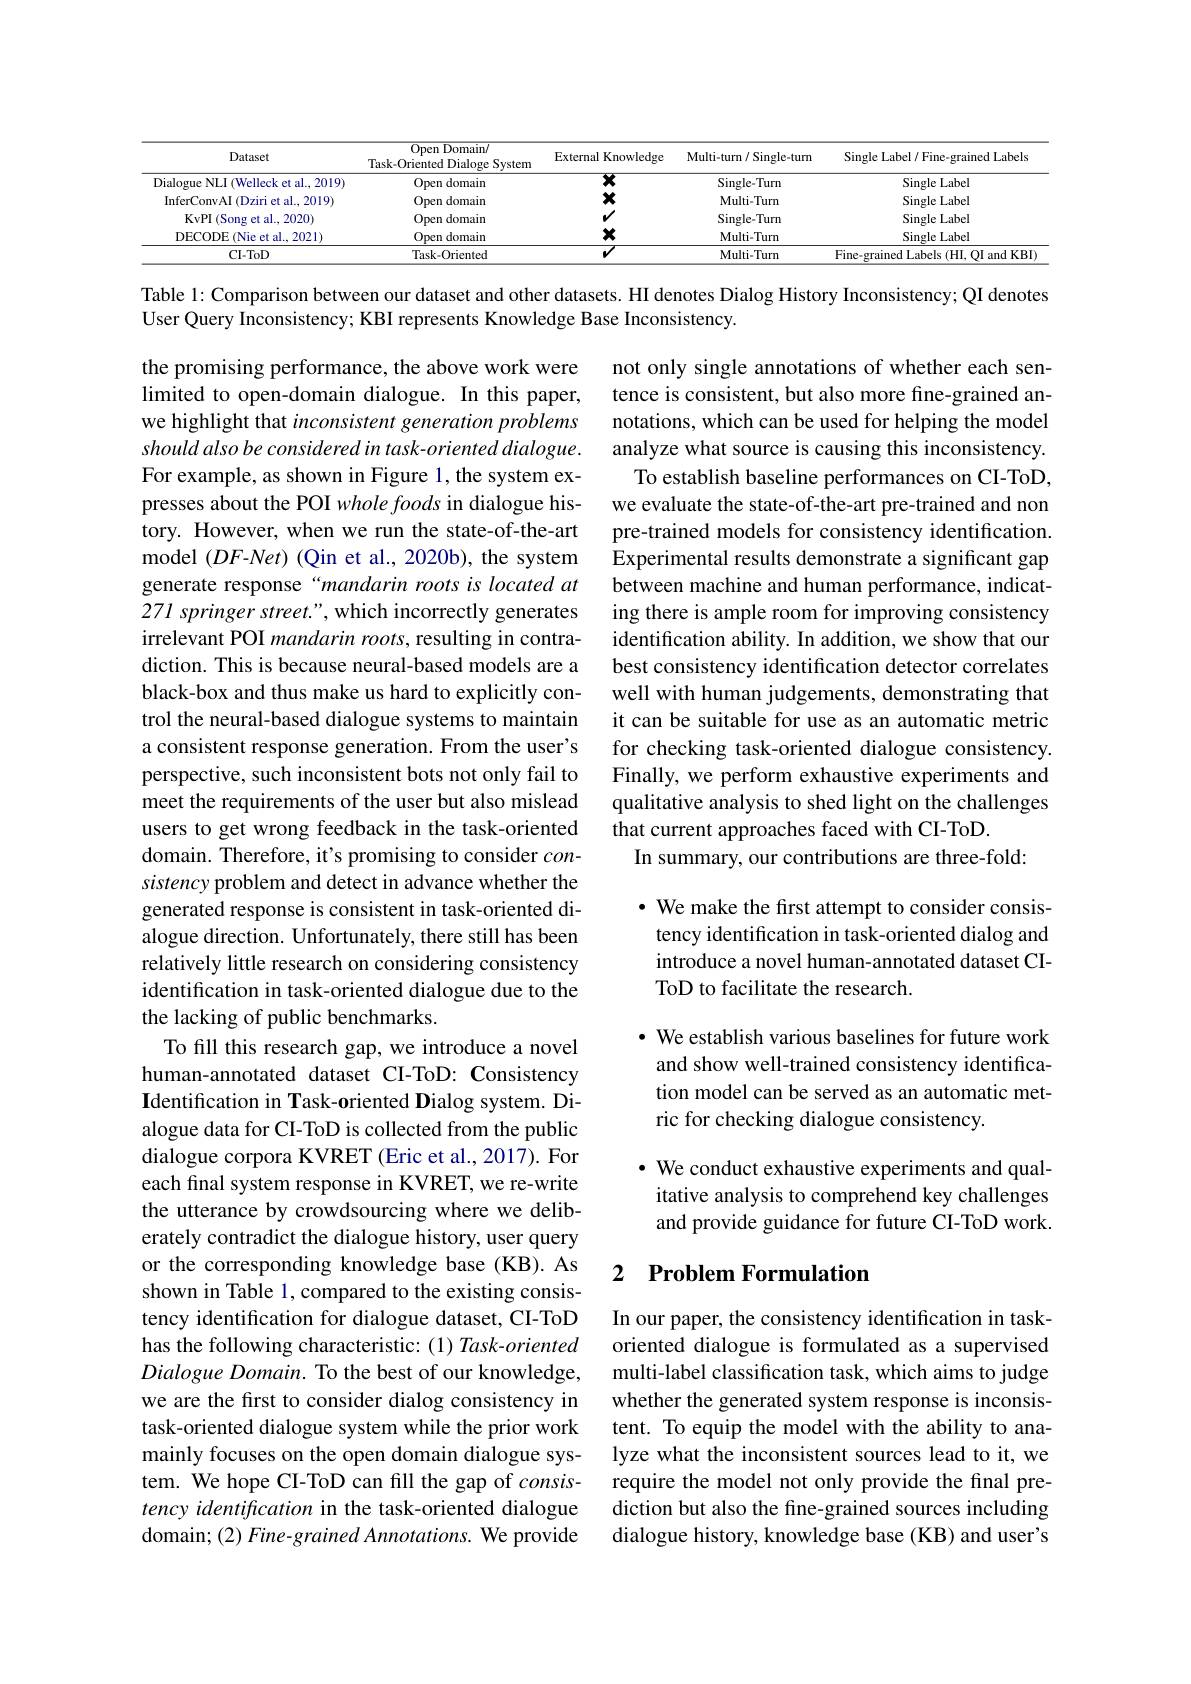
<table>
	<tbody>
		<tr>
			<th>Dataset</th>
			<th>$\overline{\mathrm{Open~Domain}/}$ Task-Oriented Dialoge System</th>
			<th>External Knowledge</th>
			<th>Multi-turn / Single-turm</th>
			<th>Single Label / Fine-grained Labels</th>
		</tr>
		<tr>
			<td>Dialogue NLI (Welleck et al., 2019)</td>
			<td>Open domain</td>
			<td>$\overline{\mathbf{x}}$</td>
			<td>Single-Turn</td>
			<td>Single Label</td>
		</tr>
		<tr>
			<td>InferConvAI (Dziri et al., 2019)</td>
			<td>Open domain</td>
			<td>$x$</td>
			<td>Multi-Turn</td>
			<td>Single Label</td>
		</tr>
		<tr>
			<td>KvPI (Song et al., 2020)</td>
			<td>Open domain</td>
			<td>AI</td>
			<td>Single-Turn</td>
			<td>Single Label</td>
		</tr>
		<tr>
			<td>DECODE (Nie et al., 2021)</td>
			<td>Open domain</td>
			<td>$x$</td>
			<td>Multi-Turn</td>
			<td>Single Label</td>
		</tr>
		<tr>
			<td>CI- ToD</td>
			<td>Task-Oriented</td>
			<td>$V$</td>
			<td>Multi-Turm</td>
			<td>Fine-grained Labels (HI, OI and KBI)</td>
		</tr>
	</tbody>
</table>

Table 1: Comparison between our dataset and other datasets. HI denotes Dialog History Inconsistency; QI denotes
User Query Inconsistency; KBI represents Knowledge Base Inconsistency.

not only single annotations of whether each sentence is consistent, but also more fine-grained annotations, which can be used for helping the model analyze what source is causing this inconsistency. To establish baseline performances on CI-ToD, we evaluate the state-of-the-art pre-trained and non pre-trained models for consistency identification. Experimental results demonstrate a significant gap between machine and human performance, indicating there is ample room for improving consistency identification ability. In addition, we show that our best consistency identification detector correlates well with human judgements, demonstrating that it can be suitable for use as an automatic metric for checking task-oriented dialogue consistency. Finally, we perform exhaustive experiments and qualitative analysis to shed light on the challenges that current approaches faced with CI-ToD.
In summary, our contributions are three-fold:

· We make the first attempt to consider consistency identification in task-oriented dialog and introduce a novel human-annotated dataset CIToD to facilitate the research.

the promising performance, the above work were limited to open-domain dialogue. In this paper, we highlight that inconsistent generation problems should also be considered in task-oriented dialogue. For example, as shown in Figure 1, the system expresses about the POI whole foods in dialogue history. However, when we run the state-of-the-art model $(DF$-Net) (Qin et al., 2020b), the system generate response“mandarin roots is located at 271 springer street.", which incorrectly generates irrelevant POI mandarin roots, resulting in contradiction. This is because neural-based models are a black-box and thus make us hard to explicitly control the neural-based dialogue systems to maintain a consistent response generation. From the user's perspective, such inconsistent bots not only fail to meet the requirements of the user but also mislead users to get wrong feedback in the task-oriented domain. Therefore, it's promising to consider $con-$ sistency problem and detect in advance whether the generated response is consistent in task-oriented dialogue direction. Unfortunately, there still has been relatively little research on considering consistency identification in task-oriented dialogue due to the the lacking of public benchmarks.
To fill this research gap, we introduce a novel human-annotated dataset CI-ToD: Consistency Identification in Task-oriented Dialog system. Dialogue data for CI-ToD is collected from the public dialogue corpora KVRET (Eric et al., 2017). For each final system response in KVRET, we re-write the utterance by crowdsourcing where we deliberately contradict the dialogue history, user query or the corresponding knowledge base (KB). As shown in Table 1, compared to the existing consistency identification for dialogue dataset, CI-ToD has the following characteristic: (1) Task-oriented Dialogue Domain. To the best of our knowledge, multi-label classification task, which aims to judge
we are the first to consider dialog consistency in task-oriented dialogue system while the prior work mainly focuses on the open domain dialogue system. We hope CI-ToD can fill the gap of $consis-$ tency identification in the task-oriented dialogue domain; (2) Fine- grained Annotations. We provide

· We establish various baselines for future work and show well-trained consistency identification model can be served as an automatic metric for checking dialogue consistency.

· We conduct exhaustive experiments and qualitative analysis to comprehend key challenges and provide guidance for future CI-ToD work.

## 2 Problem Formulation

In our paper, the consistency identification in taskoriented dialogue is formulated as a supervised whether the generated system response is inconsistent. To equip the model with the ability to analyze what the inconsistent sources lead to it, we require the model not only provide the final prediction but also the fine-grained sources including dialogue history, knowledge base (KB) and user's